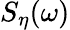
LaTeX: S_{\eta}(\omega)